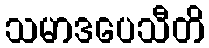
သမာဒပေသီတိ